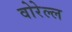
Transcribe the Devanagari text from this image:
वोरेल्ल